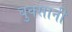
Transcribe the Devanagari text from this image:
बुक्सानी